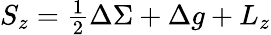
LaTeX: S_{z}={\textstyle{\frac{1}{2}}}\Delta\Sigma+\Delta g+L_{z}